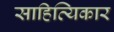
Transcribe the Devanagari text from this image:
साहित्यिकार